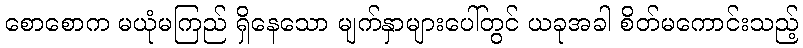
စောစောက မယုံမကြည် ရှိနေသော မျက်နှာများပေါ်တွင် ယခုအခါ စိတ်မကောင်းသည့်